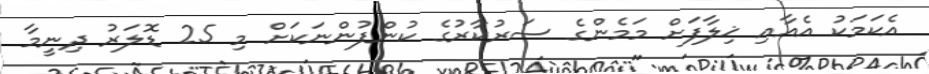
އެކަމަކު އެއާއި ޚިލާފަށް މަމެންގެ ސަރުކާރުގެ ކުންފުންނަކަށް މި 25 ޑޮލަރު ދިނީމާ